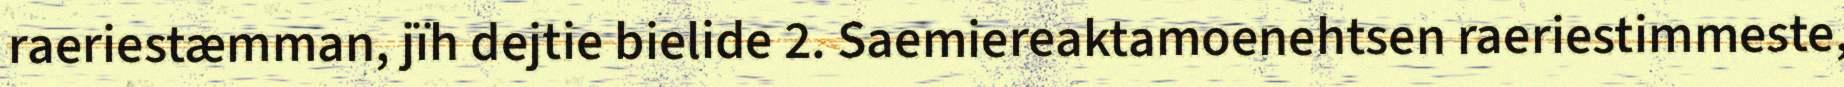
raeriestæmman, jïh dejtie bielide 2. Saemiereaktamoenehtsen raeriestimmeste,